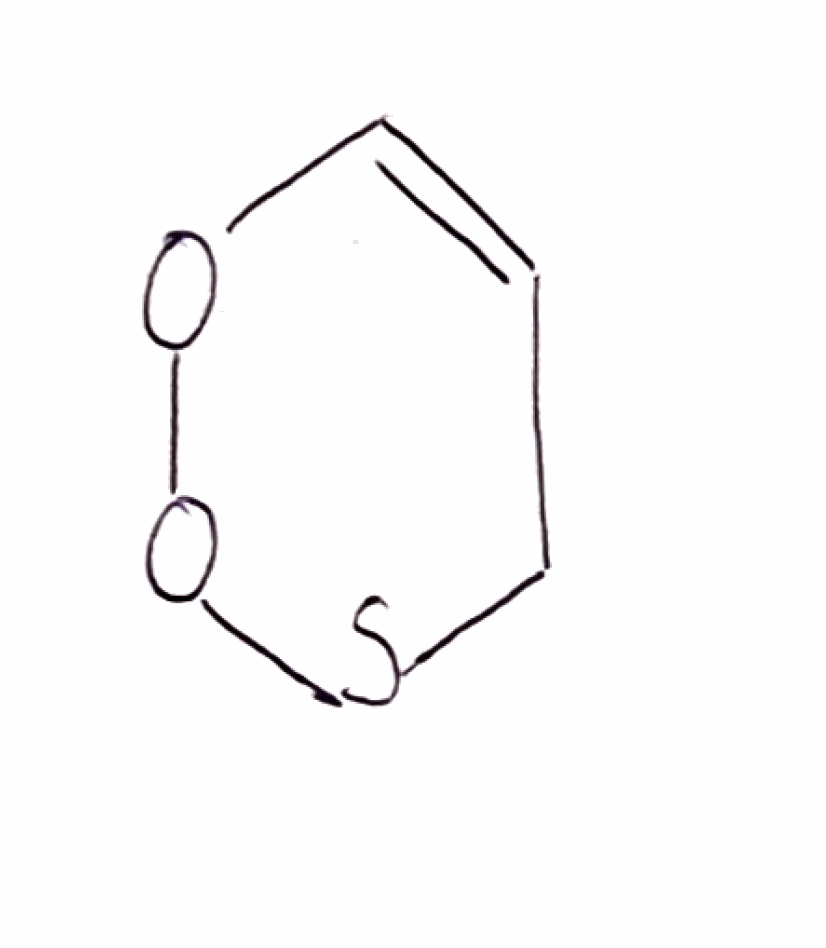
Simplified molecular-input line-entry system (SMILES) notation of the given molecule:
C1C=COOS1